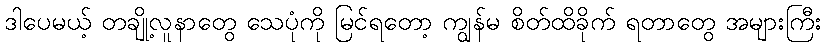
ဒါပေမယ့် တချို့လူနာတွေ သေပုံကို မြင်ရတော့ ကျွန်မ စိတ်ထိခိုက် ရတာတွေ အများကြီး